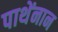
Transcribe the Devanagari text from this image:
पाथेंनान